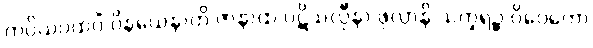
ကပ္ပိယပထဝိံ ဝိနယေနာတိ ဇာနာထ ပဋိသလ္လီနာ ဖုလ္လာနိ သက္ခရဉ္စ ဝိဝေကော